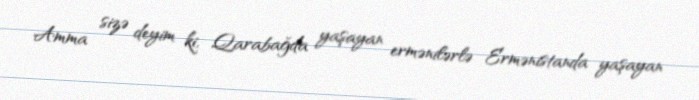
Amma sizə deyim ki, Qarabağda yaşayan ermənilərlə Ermənistanda yaşayan